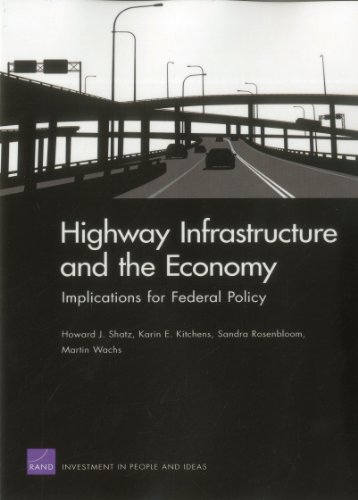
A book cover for Highway Infrastructure and the Economy: Implications for Federal Policy (Rand Corporation Monograph); Howard J. Shatz; Business & Money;